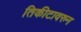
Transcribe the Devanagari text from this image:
तिकीटावरुन